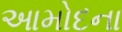
આમોદના